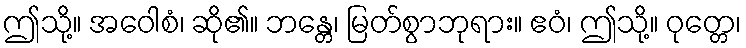
ဤသို့။ အဝေါစံ၊ ဆို၏။ ဘန္တေ၊ မြတ်စွာဘုရား။ ဧဝံ၊ ဤသို့။ ဝုတ္တေ၊